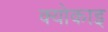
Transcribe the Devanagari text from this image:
क्योकाइ